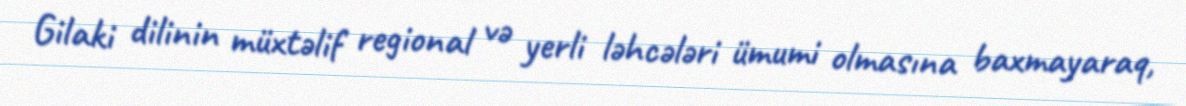
Gilaki dilinin müxtəlif regional və yerli ləhcələri ümumi olmasına baxmayaraq,